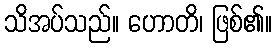
သိအပ်သည်။ ဟောတိ၊ ဖြစ်၏။